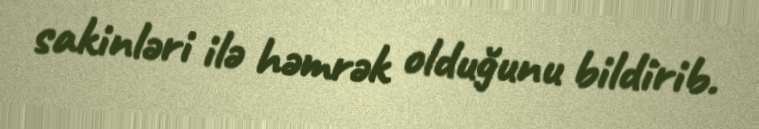
sakinləri ilə həmrək olduğunu bildirib.